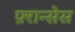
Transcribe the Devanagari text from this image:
फ़्रान्सेस